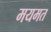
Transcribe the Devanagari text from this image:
मयमत